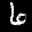
Digit: 6